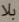
بلا